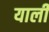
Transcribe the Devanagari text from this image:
याली